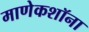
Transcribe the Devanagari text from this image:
माणेकशॉना